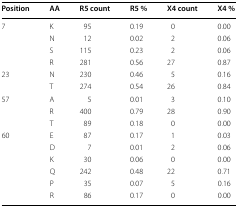
| Position | AA | R5 count | R5 % | X4 count | X4 % |
 | --- | --- | --- | --- | --- | --- |
 | 7 | K | 95 | 0.19 | 0 | 0.00 |
 |  | N | 12 | 0.02 | 2 | 0.06 |
 |  | S | 115 | 0.23 | 2 | 0.06 |
 |  | R | 281 | 0.56 | 27 | 0.87 |
 | 23 | N | 230 | 0.46 | 5 | 0.16 |
 |  | T | 274 | 0.54 | 26 | 0.84 |
 | 57 | A | 5 | 0.01 | 3 | 0.10 |
 |  | R | 400 | 0.79 | 28 | 0.90 |
 |  | T | 89 | 0.18 | 0 | 0.00 |
 | 60 | E | 87 | 0.17 | 1 | 0.03 |
 |  | D | 7 | 0.01 | 2 | 0.06 |
 |  | K | 30 | 0.06 | 0 | 0.00 |
 |  | Q | 242 | 0.48 | 22 | 0.71 |
 |  | P | 35 | 0.07 | 5 | 0.16 |
 |  | R | 86 | 0.17 | 0 | 0.00 |